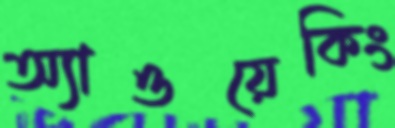
অ্যাওয়েকিং